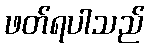
ဖတ်ရပါသည်